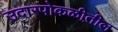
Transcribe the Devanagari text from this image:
उदारपोकळीतील